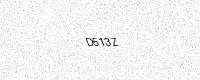
Text: D513Z